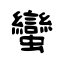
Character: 蠻